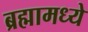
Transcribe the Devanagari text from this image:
ब्रह्मामध्ये